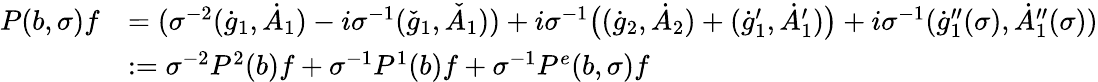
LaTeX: \begin{array}{rl}{P(b,\sigma)f}&{=(\sigma^{-2}(\dot{g}_{1},\dot{A}_{1})-i\sigma^{-1}(\check{g}_{1},\check{A}_{1}))+i\sigma^{-1}\big((\dot{g}_{2},\dot{A}_{2})+(\dot{g}_{1}^{\prime},\dot{A}_{1}^{\prime})\big)+i\sigma^{-1}(\dot{g}_{1}^{\prime\prime}(\sigma),\dot{A}_{1}^{\prime\prime}(\sigma))}\\ &{:=\sigma^{-2}P^{2}(b)f+\sigma^{-1}P^{1}(b)f+\sigma^{-1}P^{e}(b,\sigma)f}\end{array}